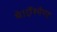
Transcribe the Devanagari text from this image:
थे।ऐंश्येण्ट